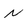
Character: N